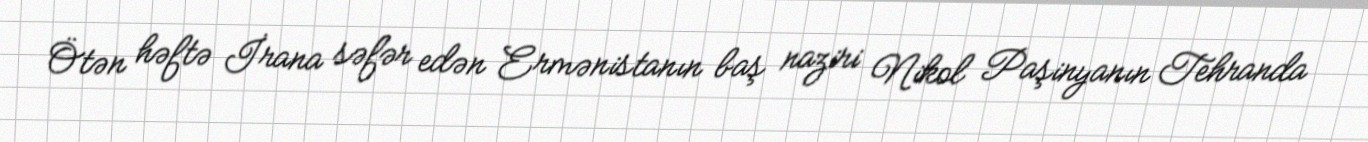
Ötən həftə İrana səfər edən Ermənistanın baş naziri Nikol Paşinyanın Tehranda